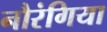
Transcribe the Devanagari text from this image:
नौरंगिया